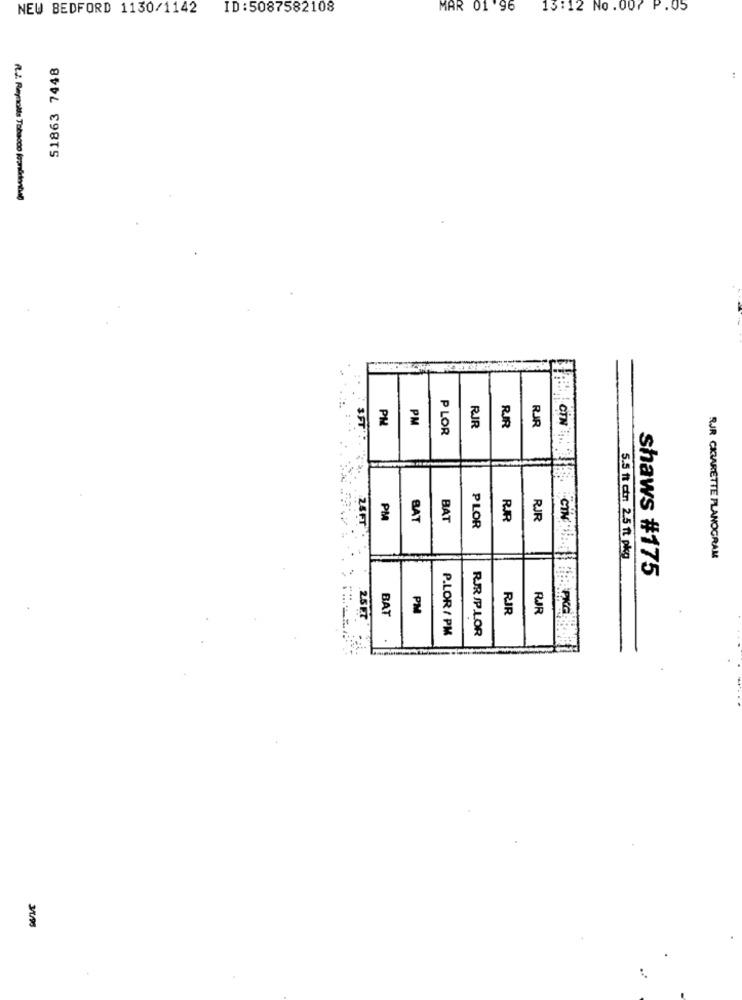
NEW BEDFORD 1130/1142
ID:5087582108
MAR 01 '96
13:12 No .007 P.05
51863 7448
R.J. Reynolds Tobacco kanůdential
PH
PM
P LOR
RJR
RIR
RJR
PM
BAT
BAT
RF
RJR
24FT
PLOR
5.5 ft con 2.5 ft pkg
RJR CKIARETTE PLANOGRAM
shaws #175
....
PM
RJR
RJR
2.5 ET
BAT
P.LOR / PM
RIRIP.LOR